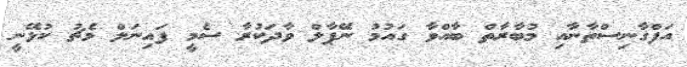
އަފްގާނިސްތާނާއި މުބާރާތް ބާއްވާ ގައުމު ނޭޕާލް ވާދަކުރާ ސެމީ ފައިނަލް މެޗު ކުޅޭނީ